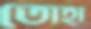
তোহা